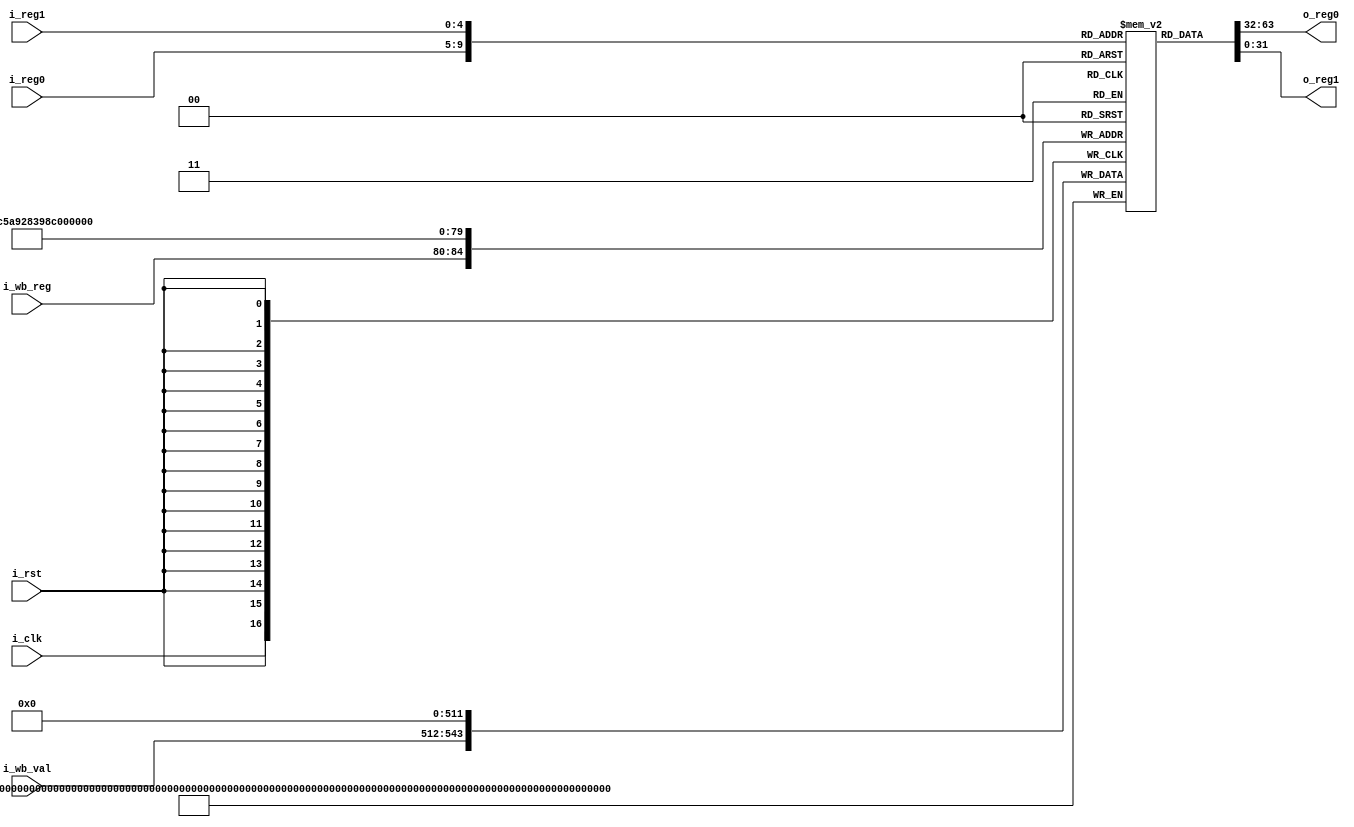
module regf(i_clk, i_rst, i_reg0, i_reg1, i_wb_reg, i_wb_val, o_reg0, o_reg1);
   /*
    * i_clk    - clock
    * i_rst    - reset
    * i_reg0   - index of first register to read
    * i_reg1   - index of second register to read
    * i_wb_reg - index of register to write back to
    * i_wb_val - value to write back
    */
   input        i_clk, i_rst;
   input  [4:0] i_reg0, i_reg1, i_wb_reg;
   input [31:0] i_wb_val;

   /*
    * o_reg0 - value of first register to read
    * o_reg1 - value of second register to read
    */
   output [31:0] o_reg0, o_reg1;

   reg [31:0] regfile[0:31];

   assign o_reg0 = regfile[i_reg0];
   assign o_reg1 = regfile[i_reg1];

   always @ (posedge i_clk) begin
       regfile[i_wb_reg] <= i_wb_val;
       $display("Writing to reg[0x%02x] = %04x", i_wb_reg, i_wb_val);
   end

   always @ (posedge i_rst) begin
      regfile[4'h0] = 0; regfile[4'h1] = 0; regfile[4'h2] = 0; regfile[4'h3] = 0;
      regfile[4'h4] = 0; regfile[4'h5] = 0; regfile[4'h6] = 0; regfile[4'h7] = 0;
      regfile[4'h8] = 0; regfile[4'h9] = 0; regfile[4'hA] = 0; regfile[4'hB] = 0;
      regfile[4'hC] = 0; regfile[4'hD] = 0; regfile[4'hE] = 0; regfile[4'hF] = 0;
   end

endmodule